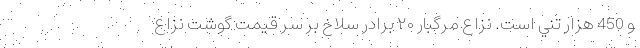
و 450 هزار تني است. نزاع مرگبار ۲۰ برادر سلاخ بر سر قیمت گوشت نزاع